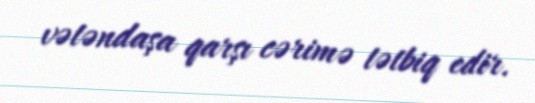
vətəndaşa qarşı cərimə tətbiq edir.